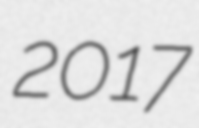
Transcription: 2017